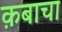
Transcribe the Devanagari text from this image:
क़बाचा